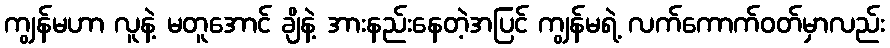
ကျွန်မဟာ လူနဲ့ မတူအောင် ချိနဲ့ အားနည်းနေတဲ့အပြင် ကျွန်မရဲ့ လက်ကောက်ဝတ်မှာလည်း